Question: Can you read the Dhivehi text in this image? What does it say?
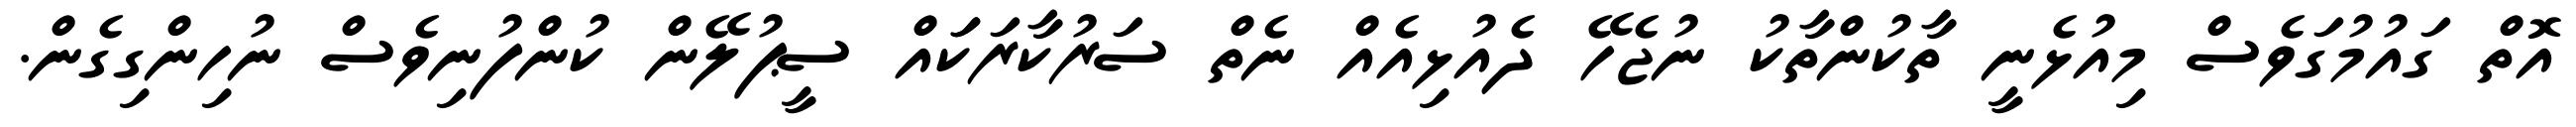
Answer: އޮތް ގައުމުގަވެސް މިއުޅެނީ ތާކުންތާކު ނުޖެހޭ ދެއުޅިއެއް ނެތް ސަރުކާރަކަައް ސީޕުލޭން ކުންފުނިވެސް ނުހިންގިގެން.